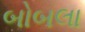
બોબલા